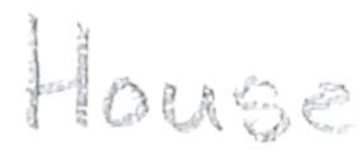
Text: House
Cross-out: clean
Writing tool: pencil